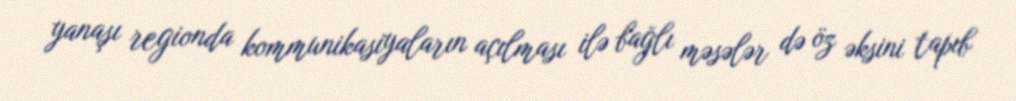
yanaşı regionda kommunikasiyaların açılması ilə bağlı məsələr də öz əksini tapıb